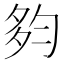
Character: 𡖒